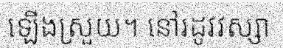
ឡើងស្រួយ។ នៅរដូវវស្សា